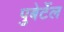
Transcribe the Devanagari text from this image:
पुबेर्टेल